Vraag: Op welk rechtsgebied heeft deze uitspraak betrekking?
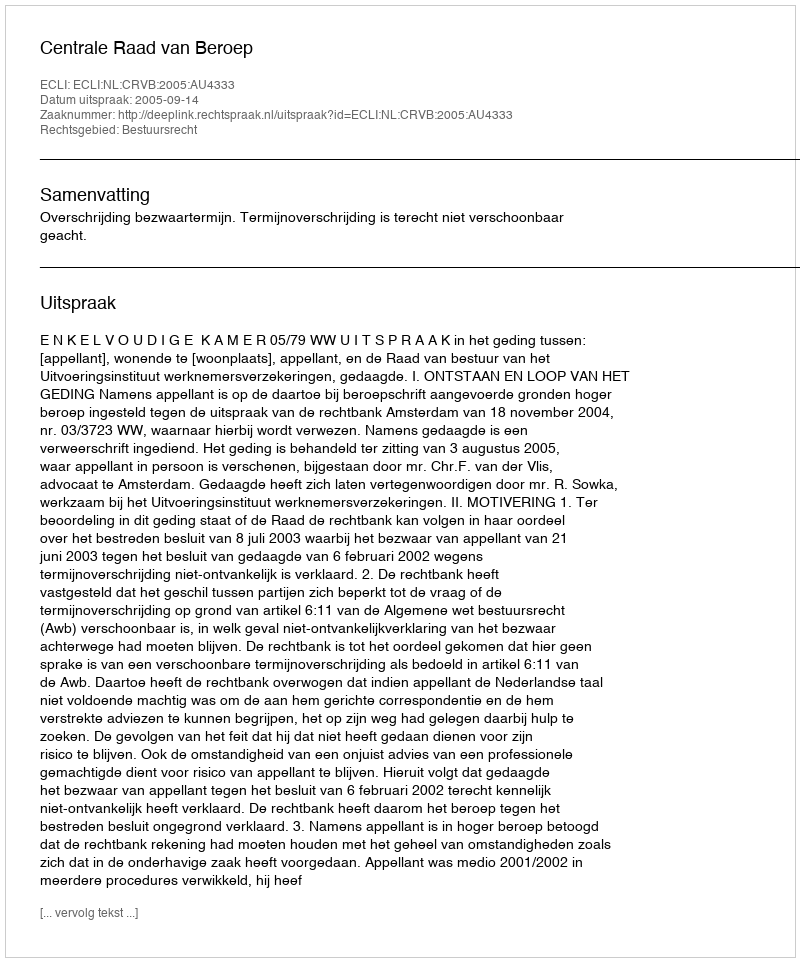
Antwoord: Bestuursrecht